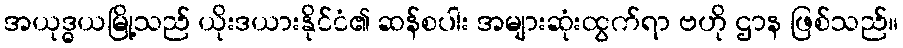
အယုဒ္ဓယမြို့သည် ယိုးဒယားနိုင်ငံ၏ ဆန်စပါး အများဆုံးထွက်ရာ ဗဟို ဌာန ဖြစ်သည်။